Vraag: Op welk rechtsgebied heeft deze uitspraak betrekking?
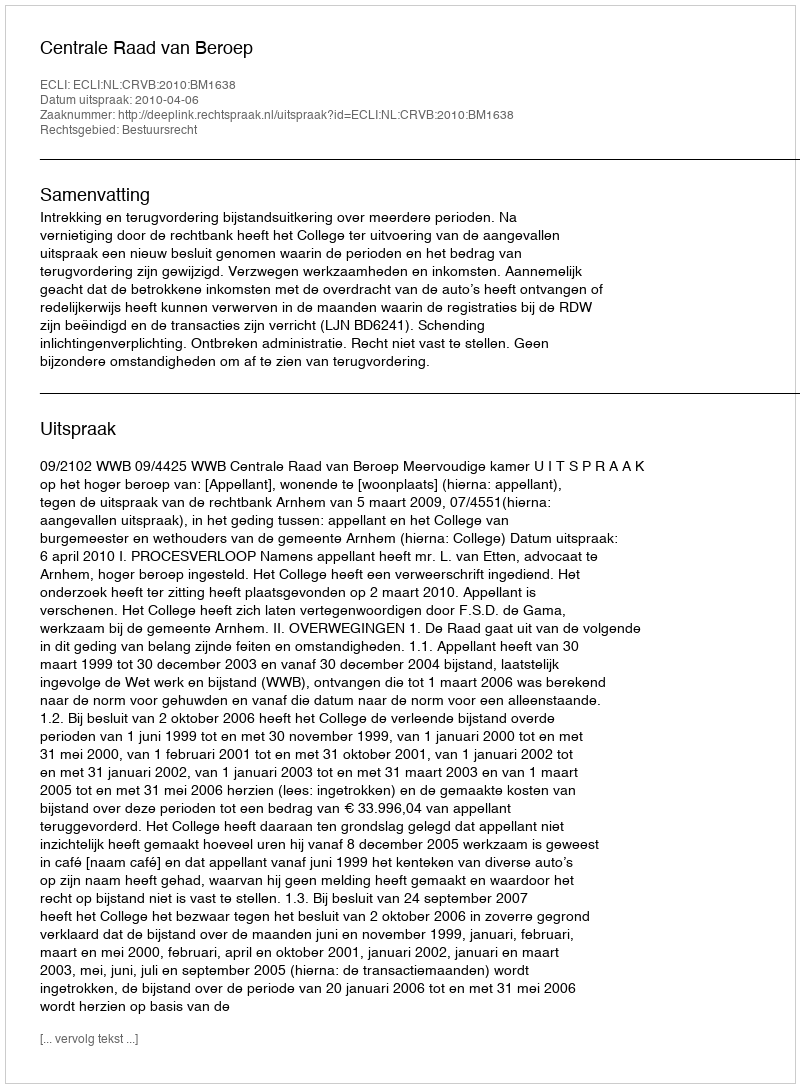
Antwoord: Bestuursrecht